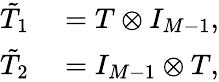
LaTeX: \begin{array}{rl}{\tilde{T}_{1}}&{{}=T\otimes I_{M-1},}\\ {\tilde{T}_{2}}&{{}=I_{M-1}\otimes T,}\end{array}